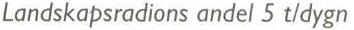
Landskapsradions andel 5 t/dygn